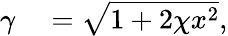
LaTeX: \begin{array}{rl}{\gamma}&{{}=\sqrt{1+2\chi x^{2}},}\end{array}